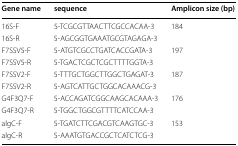
<table><thead><tr><td><b>Gene name</b></td><td><b>sequence</b></td><td><b>Amplicon size (bp)</b></td></tr></thead><tbody><tr><td>16S-F</td><td>5-TCGCGTTAACTTCGCCACAA-3</td><td rowspan="2">184</td></tr><tr><td>16S-R</td><td>5-AGCGGTGAAATGCGTAGAGA-3</td></tr><tr><td>F7SSV5-F</td><td>5-ATGTCGCCTGATCACCGATA-3</td><td rowspan="2">197</td></tr><tr><td>F7SSV5-R</td><td>5-TGACTCGCTCGCTTTTGGTA-3</td></tr><tr><td>F7SSV2-F</td><td>5-TTTGCTGGCTTGGCTGAGAT-3</td><td rowspan="2">187</td></tr><tr><td>F7SSV2-R</td><td>5-AGTCATTGCTGGCACAAACG-3</td></tr><tr><td>G4F3Q7-F</td><td>5-ACCAGATCGGCAAGCACAAA-3</td><td rowspan="2">176</td></tr><tr><td>G4F3Q7-R</td><td>5-TGGCTGGCGTTTTCATCCAA-3</td></tr><tr><td>algC-F</td><td>5-TGATCTTCGACGTCAAGTGC-3</td><td rowspan="2">153</td></tr><tr><td>algC-R</td><td>5-AAATGTGACCGCTCATCTCG-3</td></tr></tbody></table>